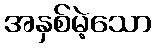
အနှစ်မဲ့သော